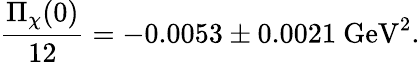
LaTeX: \frac{\Pi_{\chi}(0)}{12}=-0.0053\pm 0.0021\ \mathrm{GeV}^{2}.